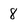
Character: 8